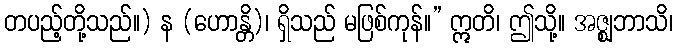
တပည့်တို့သည်။) န (ဟောန္တိ)၊ ရှိသည် မဖြစ်ကုန်။” ဣတိ၊ ဤသို့။ အဇ္ဈဘာသိ၊